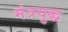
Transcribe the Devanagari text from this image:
मंत्रयुद्ध